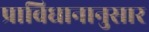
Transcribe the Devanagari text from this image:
प्राविधानानुसार